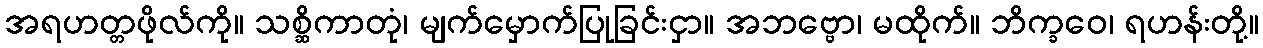
အရဟတ္တဖိုလ်ကို။ သစ္ဆိကာတုံ၊ မျက်မှောက်ပြုခြင်းငှာ။ အဘဗ္ဗော၊ မထိုက်။ ဘိက္ခဝေ၊ ရဟန်းတို့။